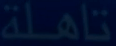
ناهلة